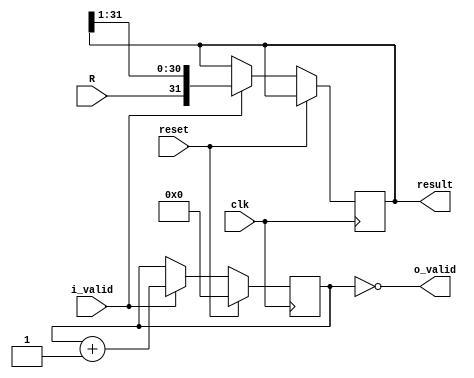
module receiver(
    input wire clk, reset, 
    input wire R,
    input wire i_valid,
    output wire o_valid,
    output reg[31:0] result
); 

// reg [31:0] received;
reg [4:0] count; 

always @(posedge clk) begin
    if (reset)
        count <= 0; 
    else if (i_valid) begin
        result <= {R, result[31:1]};
        count <= count + 1'b1; 
    end
end


assign o_valid = (count == 0); 







endmodule